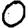
Digit: 0